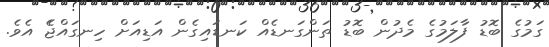
ގަމުގެ ބޮޑު ފާލަމުގެ މެދުން ބޮޑު ތަންގަނޑެއް ކަނޑައިގެން އަޑިއަށް ހިނގައްޖެެ އެވެ.